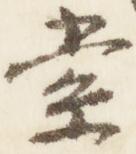
索